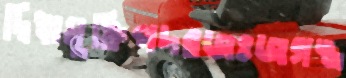
দ্বিধামুক্তিপদরজঃজগজ্জ